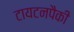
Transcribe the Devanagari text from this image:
टायटनपैकी